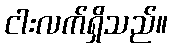
ငါးလက်ရှိသည်။